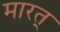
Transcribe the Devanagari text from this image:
मारत्